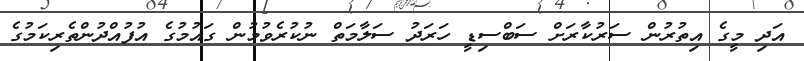
އަދި މީގެ އިތުރުން ސަރުކާރަށް ސަބްސިޑީ ހަރަދު ސަލާމަތް ނުކުރެވުމުން ގައުމުގެ އުފުއްދުންތެރިކަމުގެ